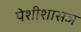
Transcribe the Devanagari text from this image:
पेशीशासञ